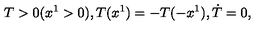
T > 0 ( x ^ { 1 } > 0 ) , T ( x ^ { 1 } ) = - T ( - x ^ { 1 } ) , \dot { T } = 0 ,